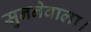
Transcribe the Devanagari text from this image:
सुननेवाला।